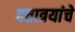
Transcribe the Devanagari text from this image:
दत्तात्रयांचे